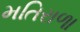
મતિરાળા